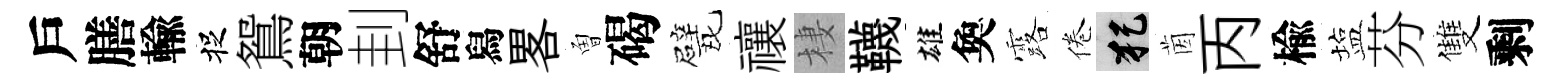
戶膳輸捉鴛朝刲舒舄畧曽碣戏禳棲韈雄奐露倦犯茵丙楡塩芬雙剩